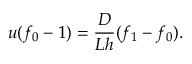
u ( f _ { 0 } - 1 ) = \frac { D } { L h } ( f _ { 1 } - f _ { 0 } ) .